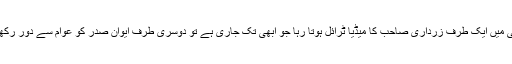
ماضی میں ایک طرف زرداری صاحب کا میڈیا ٹرائل ہوتا رہا جو ابھی تک جاری ہے تو دوسری طرف ایوان صدر کو عوام سے دور رکھا گیا۔